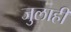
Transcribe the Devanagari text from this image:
जुलाही